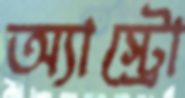
অ্যাস্ট্রো